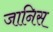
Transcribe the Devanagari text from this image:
जानिस